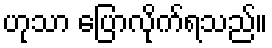
ဟုသာ ပြောလိုက်ရသည်။